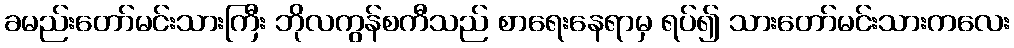
ခမည်းတော်မင်းသားကြီး ဘိုလကွန်စကီသည် စာရေးနေရာမှ ရပ်၍ သားတော်မင်းသားကလေး